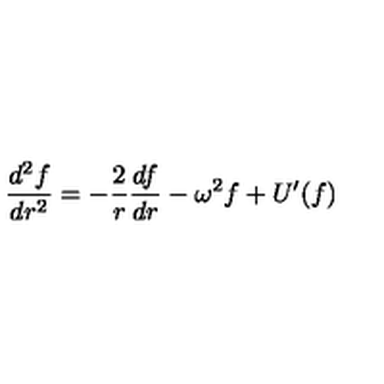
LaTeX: \frac { d ^ { 2 } f } { d r ^ { 2 } } = - \frac { 2 } { r } \frac { d f } { d r } - \omega ^ { 2 } f + U ^ { \prime } ( f )